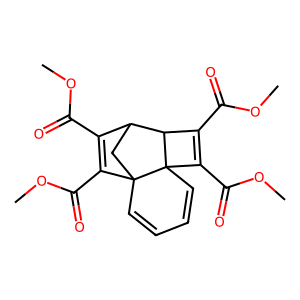
SMILES: COC(=O)C1=C(C(=O)OC)C23C=CC=CC24C(C(=O)OC)=C(C(=O)OC)C4C1C3
Inhibits HIV replication: No